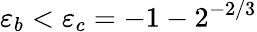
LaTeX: \varepsilon_{b}<\varepsilon_{c}=-1-2^{-2/3}